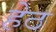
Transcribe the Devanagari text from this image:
हेठ